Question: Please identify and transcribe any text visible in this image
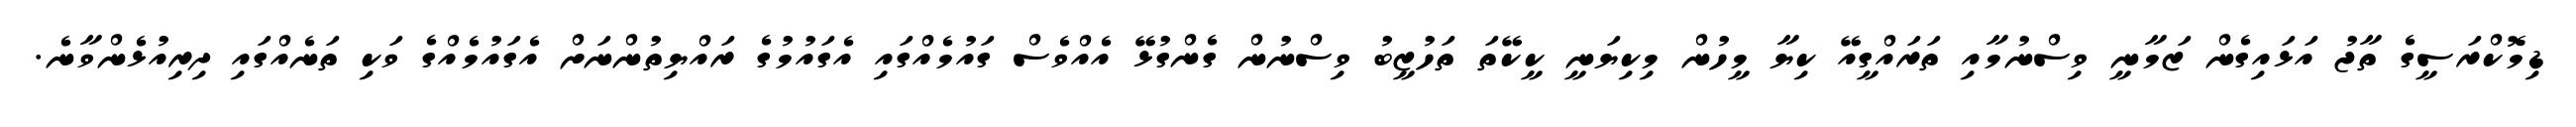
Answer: ޑިމޮކްރަސީގެ ތާޖު އަޅައިގެން ޒަމާނީ ވިސްނުމާއި ތަރައްގީއޭ ކިޔާ މީހުން މިކިޔަނީ ކީކޭތަ ތަހުޒީބު ވިސްނުން ގެންގުޅޭ އެއްވެސް ގައުމެއްގައި އެގައުމުގެ ރައްޔިތުންނަށް އެގައުމެއްގެ ވަކި ތަނެއްގައި ދިރިއުޅެންވާނެ.